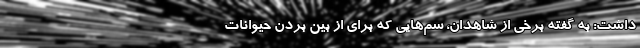
داشت: به گفته برخی از شاهدان، سم‌هایی که برای از بین بردن حیوانات